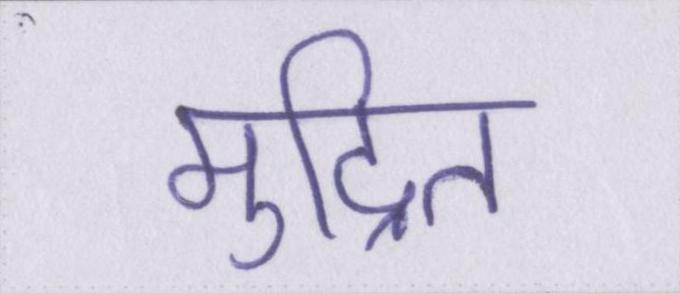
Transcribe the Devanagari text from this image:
मुद्रित